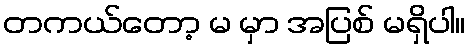
တကယ်တော့ မ မှာ အပြစ် မရှိပါ။